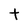
Character: t